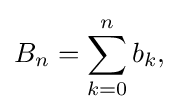
{\textstyle \displaystyle B_{n}=\sum _{k=0}^{n}b_{k},}